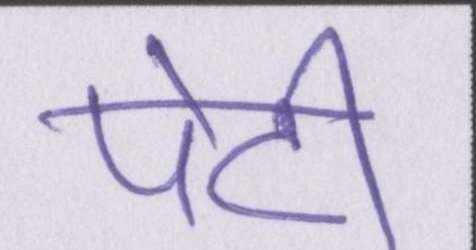
पेटी